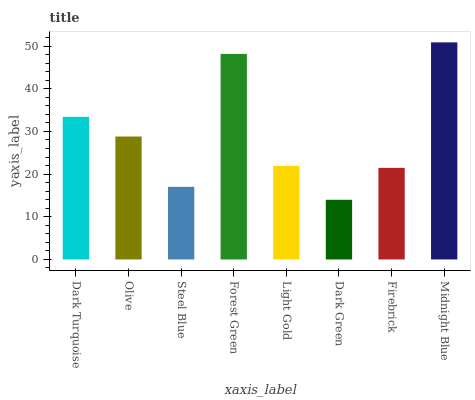
| xaxis_label | bars |
 | --- | --- |
 | Dark Turquoise | 33.4 |
 | Olive | 28.8 |
 | Steel Blue | 17 |
 | Forest Green | 48.2 |
 | Light Gold | 21.9 |
 | Dark Green | 14 |
 | Firebrick | 21.5 |
 | Midnight Blue | 50.9 |